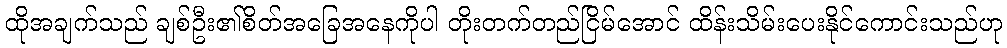
ထိုအချက်သည် ချစ်ဦး၏စိတ်အခြေအနေကိုပါ တိုးတက်တည်ငြိမ်အောင် ထိန်းသိမ်းပေးနိုင်ကောင်းသည်ဟု